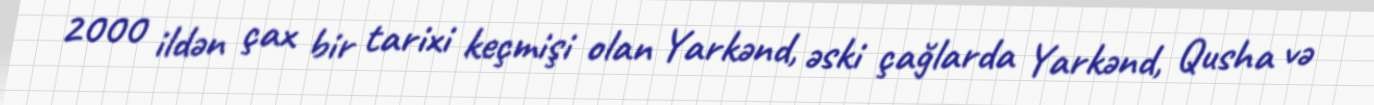
2000 ildən çax bir tarixi keçmişi olan Yarkənd, əski çağlarda Yarkənd, Qusha və